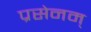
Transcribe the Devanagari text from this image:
प्रसेनम्‌